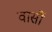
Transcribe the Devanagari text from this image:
वार्सौ